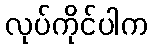
လုပ်ကိုင်ပါက